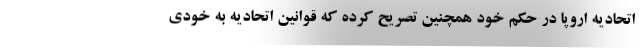
اتحادیه اروپا در حکم خود همچنین تصریح کرده که قوانین اتحادیه به خودی